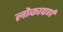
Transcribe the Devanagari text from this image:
लोकापर्ण